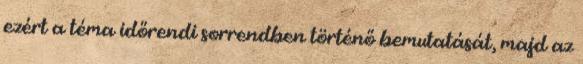
ezért a téma időrendi sorrendben történő bemutatását, majd az